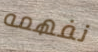
نفهمه